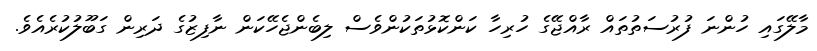
މާލޭގައި ހުންނަ ފުރުސަތުތައް ރާއްޖޭގެ ހުރިހާ ކަންކޮޅުތަކުންވެސް ލިބެންޖެހޭކަން ނާފިޒުގެ ދަރިން ގަބޫލުކުރެއެވެ.